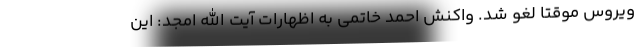
ویروس موقتا لغو شد. واکنش احمد خاتمی به اظهارات آیت الله امجد: این